Vaccination United Provinces of Agra and Oudh 1914-1922 - 1914-1922
Year: 1914
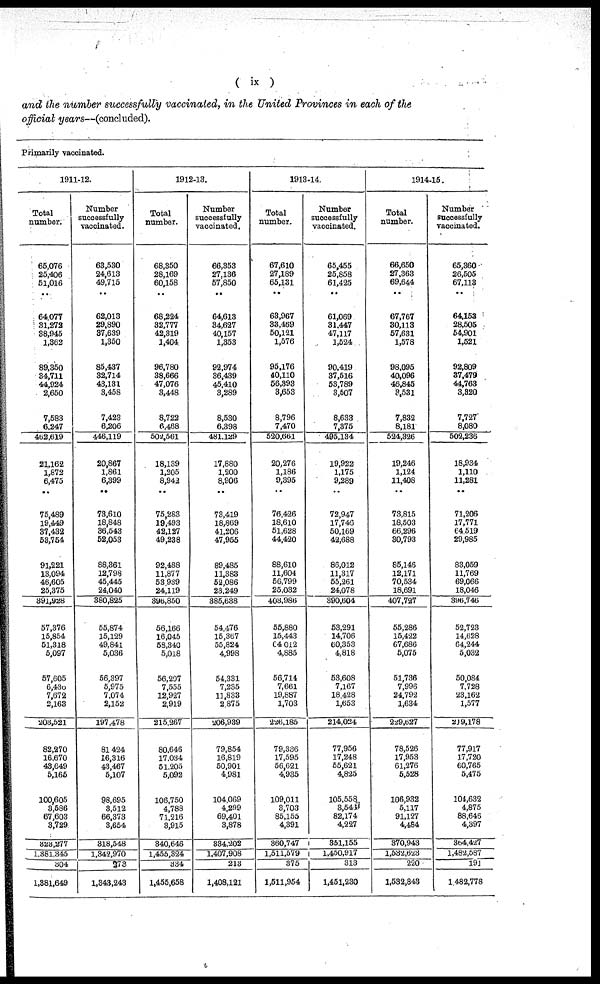
( ix )
and the number successfully vaccinated, in the United Provinces in each of the
official years—(concluded).
Primarily vaccinated.
1911-12.
Total
number.
65,076
25,406
51,016
...
64,077
31,272
38,945
1,362
89,350
34,711
44,924
2,650
7,583
6,247
462,619
21,162
1,872
6,475
...
75,489
19,449
37,432
53,754
91,221
13,094
46,605
25,375
391,928
57,376
15,854
51,318
5,097
57,605
6,436
7,672
2,163
203,521
82,270
16,670
43,649
5,165
100,605
3,586
67,603
3,729
323,277
1,881,345
304
1,381,649
Number
successfully
vaccinated.
68,530
24,613
49,715
...
62,013
29,890
37,639
1,350
85,437
32,714
43,131
3,458
7,423
6,206
446,119
20,867
1,861
6,399
...
73,610
18,848
36,543
52,053
88,361
12,798
45,445
24,040
380,825
55,874
15,129
49,841
5,036
56,397
5,975
7,074
2,152
197,478
81,424
16,316
43,467
5,107
98,695
3,512
66,373
3,654
318,548
1,342,970
273
1,343,243
1912-13.
Total
number.
68,350
28,169
60,158
...
68,224
32,777
42,319
1,404
96,780
38,666
47,076
3,448
8,722
6,468
502,561
18,139
1,205
8,942
...
75,283
19,493
42,127
49,238
92,488
11,877
53,939
24,119
396,850
56,166
16,045
58,340
5,018
56,297
7,555
12,927
2,919
215,267
80,646
17,034
51,205
5,092
106,750
4,788
71,216
3,915
340,646
1,455,324
334
1,455,658
Number
successfully
vaccinated.
66,353
27,136
57,850
...
64,613
34,627
40,157
1,353
92,974
36,439
45,410
3,289
8,530
6,398
481,129
17,880
1,200
8,906
...
73,419
18,869
41,206
47,955
89,485
11,383
52,086
23,249
385,638
54,476
15,367
55,824
4,998
54,331
7,235
11,833
2,875
206,939
79,854
16,819
50,901
4,981
104,069
4,299
69,401
3,878
334,202
1,407,908
213
1,408,121
1913-14.
Total
number.
67,610
27,189
65,131
...
63,967
33,469
50,121
1,576
95,176
40,110
56,393
3,653
8,796
7,470
520,661
20,276
1,186
9,395
...
76,426
18,610
51,628
44,420
88,610
11,604
56,799
25,032
403,986
55,880
15,443
64,012
4,885
56,714
7,661
19,887
1,703
226,185
79,336
17,595
56,621
4,935
109,011
3,703
85,155
4,391
360,747
1,511,579
375
1,511,954
Number
successfully
vaccinated.
65,455
25,858
61,425
...
61,069
31,447
47,117
1,524
90,419
37,516
53,789
3,507
8,633
7,375
495,134
19,922
1,175
9,289
...
72,947
17,746
50,169
42,688
86,012
11,317
55,261
24,078
390,604
53,291
14,706
60,353
4,818
53,608
7,167
18,428
1,653
214,024
77,956
17,248
55,621
4,825
105,558
3,546
82,174
4,227
351,155
1,450,917
313
1,451,230
1914-15.
Total
number.
66,650
27,363
69,644
...
67,767
30,113
57,631
1,578
98,095
40,096
46,845
3,531
7,832
8,181
524,326
19,246
1,124
11,408
...
73,815
18,503
66,296
30,793
85,146
12,171
70,534
18,691
407,727
55,286
15,422
67,686
5,075
51,736
7,996
24,792
1,634
229,627
78,526
17,953
61,276
5,528
106,932
5,117
91,127
4,484
370,943
1,532,623
220
1,532,843
Number
successfully
vaccinated.
65,360
26,505
67,113
...
64,153
28,505
54,901
1,521
92,809
37,479
44,763
3,320
7,727
8,080
502,236
18,934
1,110
11,281
...
71,206
17,771
64,519
29,985
83,059
11,769
69,066
18,046
396,746
52,723
14,628
64,244
5,032
50,084
7,728
23,162
1,577
219,178
77,917
17,720
60,765
5,475
104,632
4,875
88,646
4,397
364,427
1,482,587
191
1,482,778